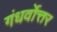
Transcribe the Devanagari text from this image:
गंधर्वोत्तर